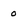
Character: 0